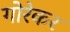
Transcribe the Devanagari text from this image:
गोरेकर